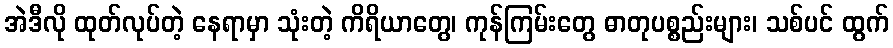
အဲဒီလို ထုတ်လုပ်တဲ့ နေရာမှာ သုံးတဲ့ ကိရိယာတွေ၊ ကုန်ကြမ်းတွေ ဓာတုပစ္စည်းများ၊ သစ်ပင် ထွက်